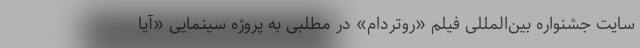
سایت جشنواره بین‌المللی فیلم «روتردام» در مطلبی به پروژه سینمایی «آیا